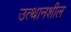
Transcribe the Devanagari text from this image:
उत्थानशील